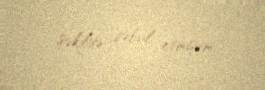
şəkildə qəbul etmişəm.